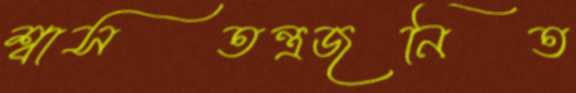
শ্বাসতন্ত্রজনিত